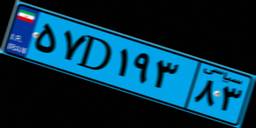
۱۸D۶۹۸۷۸